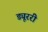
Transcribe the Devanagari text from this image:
ड्यूररी